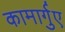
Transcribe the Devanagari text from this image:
कामार्गुए